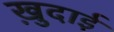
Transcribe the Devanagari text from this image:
खु़दाई